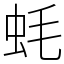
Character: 蚝